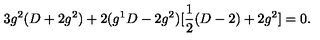
3 g ^ { 2 } ( D + 2 g ^ { 2 } ) + 2 ( g ^ { 1 } D - 2 g ^ { 2 } ) [ \frac { 1 } { 2 } ( D - 2 ) + 2 g ^ { 2 } ] = 0 .